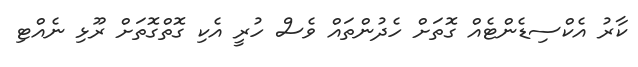
ކާރު އެކްސިޑެންޓެއް ގޮތަށް ހެދުންތައް ވެސް ހުރީ އެކި ގޮތްގޮތަށް ރޫޅި ނެއްޓި